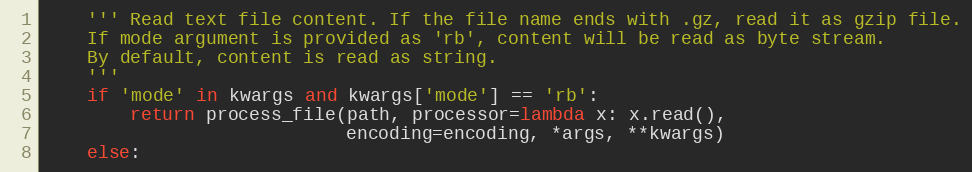
Language: Python
    ''' Read text file content. If the file name ends with .gz, read it as gzip file.
    If mode argument is provided as 'rb', content will be read as byte stream.
    By default, content is read as string.
    '''
    if 'mode' in kwargs and kwargs['mode'] == 'rb':
        return process_file(path, processor=lambda x: x.read(),
                            encoding=encoding, *args, **kwargs)
    else: